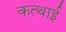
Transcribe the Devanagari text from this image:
कत्थाई